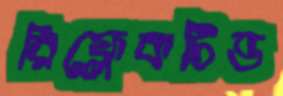
রিফ্লেকটিভ